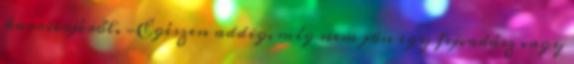
karrierjéről. -Egészen addig, míg nem jön egy fejvadász vagy